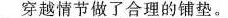
穿越情节做了合理的铺垫。